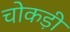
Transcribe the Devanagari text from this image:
चोकड़ी